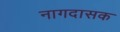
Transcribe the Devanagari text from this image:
नागदासक